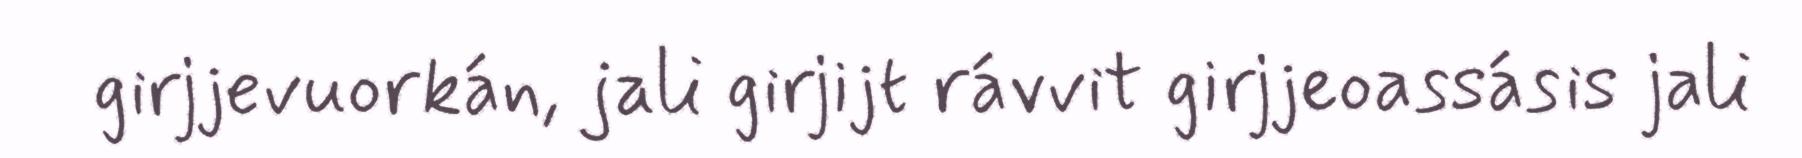
girjjevuorkán, jali girjijt rávvit girjjeoassásis jali